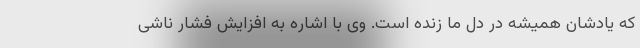
که یادشان همیشه در دل ما زنده است. وی با اشاره به افزایش فشار ناشی